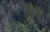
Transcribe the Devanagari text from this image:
आङ्‌